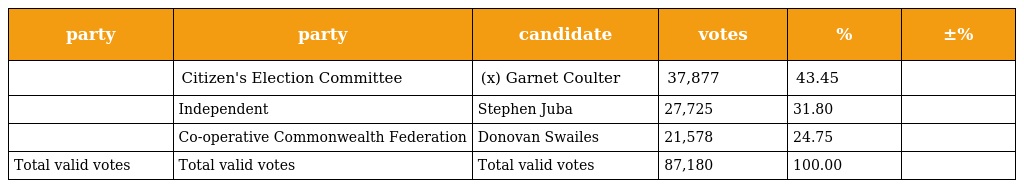
| party | party | candidate | votes | % | ±% |
 | --- | --- | --- | --- | --- | --- |
 |  | Citizen's Election Committee | (x) Garnet Coulter | 37,877 | 43.45 |  |
 |  | Independent | Stephen Juba | 27,725 | 31.80 |  |
 |  | Co-operative Commonwealth Federation | Donovan Swailes | 21,578 | 24.75 |  |
 | Total valid votes | Total valid votes | Total valid votes | 87,180 | 100.00 |  |